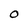
Character: 0